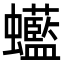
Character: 𧕭